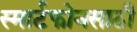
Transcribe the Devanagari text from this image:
स्मार्टफोनसाठी